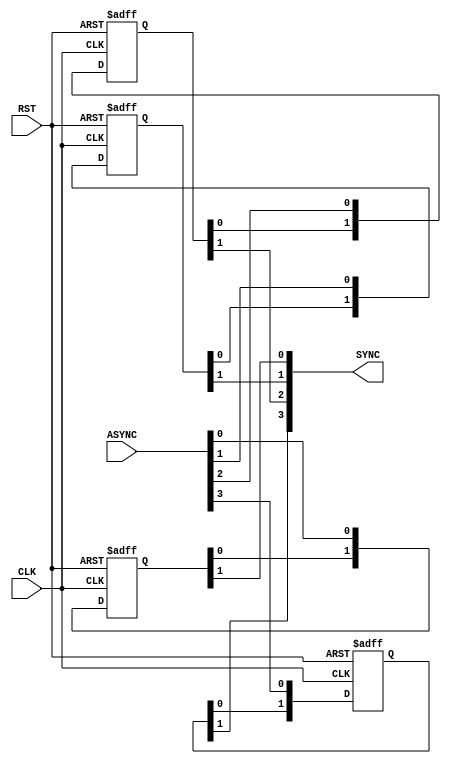
module BIT_SYNC #(parameter WIDTH = 4, STAGES = 2) 

(
	input	wire		[WIDTH-1:0]		ASYNC,
	input	wire							CLK,
	input	wire							RST,
	output	reg			[WIDTH-1:0]		SYNC
	
	);


// Synchronization FlipFlops
reg	[STAGES-1:0]	Sync_FFs	[WIDTH-1:0];

//iterator
integer i;


always @(posedge CLK or negedge RST) begin
	if (!RST) begin
		
		for(i=0;i<WIDTH;i=i+1) begin
			Sync_FFs[i]		<=		'b0;
		end
		
	end
	else  begin

		for(i=0;i<WIDTH;i=i+1) begin
			Sync_FFs[i]		<=		{	Sync_FFs[i][STAGES-2:0], ASYNC[i]	};	
		end
		
	end
end

//Assiging output
always @(*)
 begin
  for (i=0; i<WIDTH; i=i+1)
    SYNC[i] = Sync_FFs[i][STAGES-1] ; 
 end 





endmodule